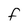
Character: f